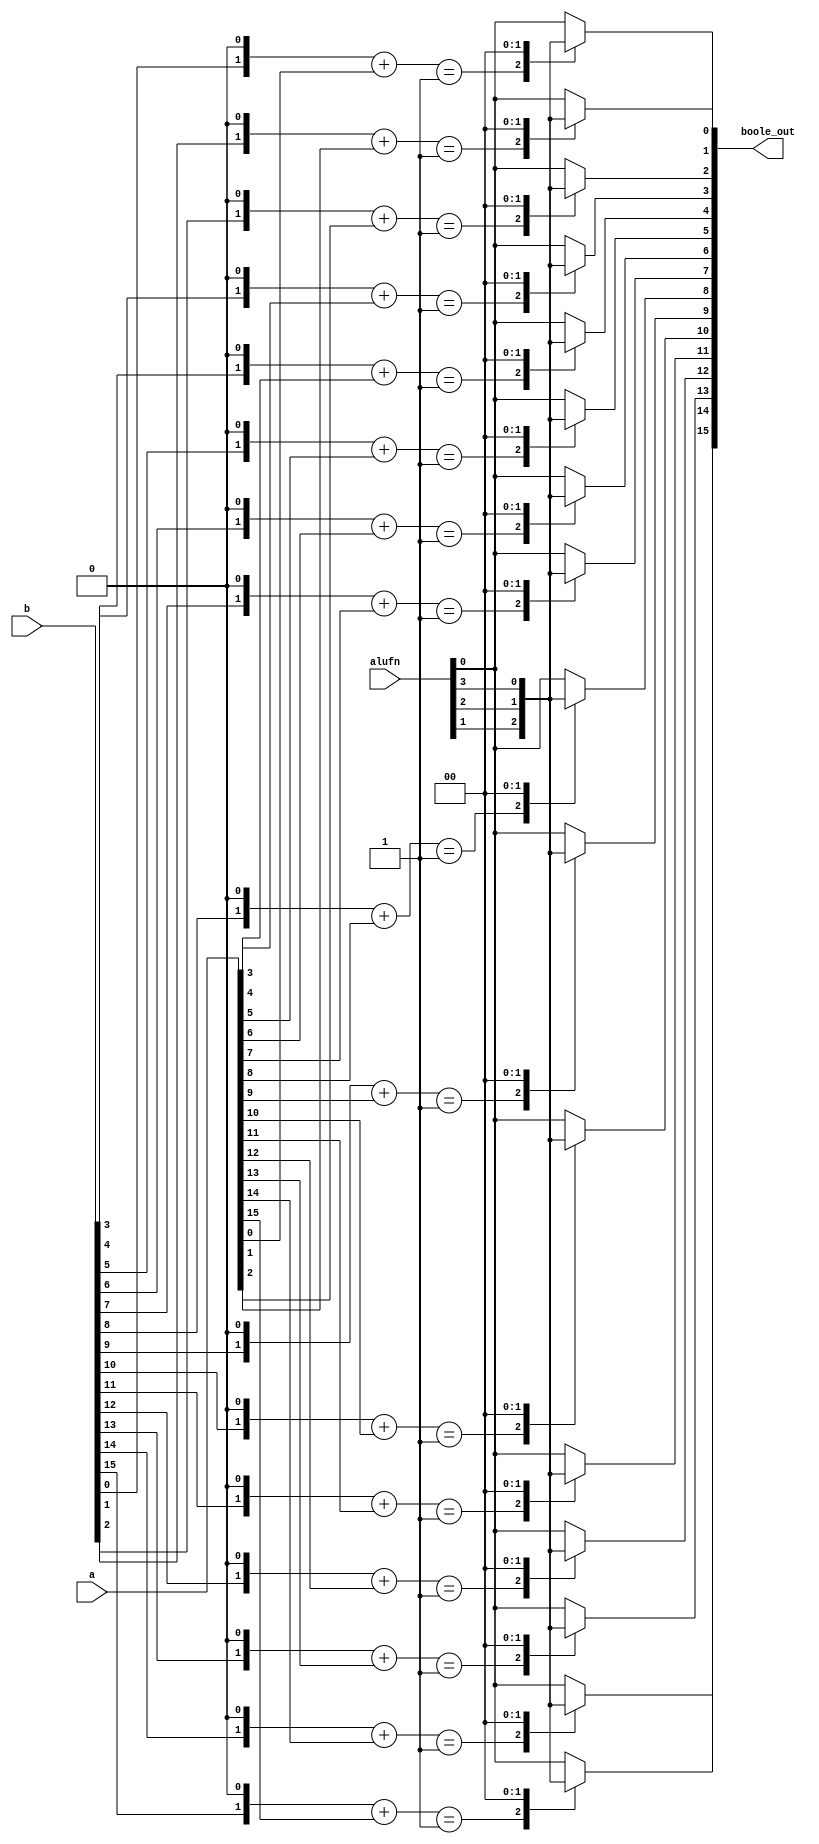
module boole_9 (
    input [3:0] alufn,
    input [15:0] a,
    input [15:0] b,
    output reg [15:0] boole_out
  );
  
  
  
  integer i;
  
  integer ab;
  
  always @* begin
    for (i = 1'h0; i < 5'h10; i = i + 1) begin
      ab = (b[(i)*1+0-:1] << 1'h1) + a[(i)*1+0-:1];
      
      case (ab)
        1'h0: begin
          boole_out[(i)*1+0-:1] = alufn[0+0-:1];
        end
        1'h1: begin
          boole_out[(i)*1+0-:1] = alufn[1+0-:1];
        end
        4'ha: begin
          boole_out[(i)*1+0-:1] = alufn[2+0-:1];
        end
        4'hb: begin
          boole_out[(i)*1+0-:1] = alufn[3+0-:1];
        end
        default: begin
          boole_out[(i)*1+0-:1] = alufn[0+0-:1];
        end
      endcase
    end
  end
endmodule